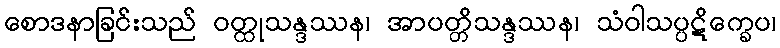
စောဒနာခြင်းသည် ဝတ္ထုသန္ဒဿန၊ အာပတ္တိသန္ဒဿန၊ သံဝါသပ္ပဋိက္ခေပ၊